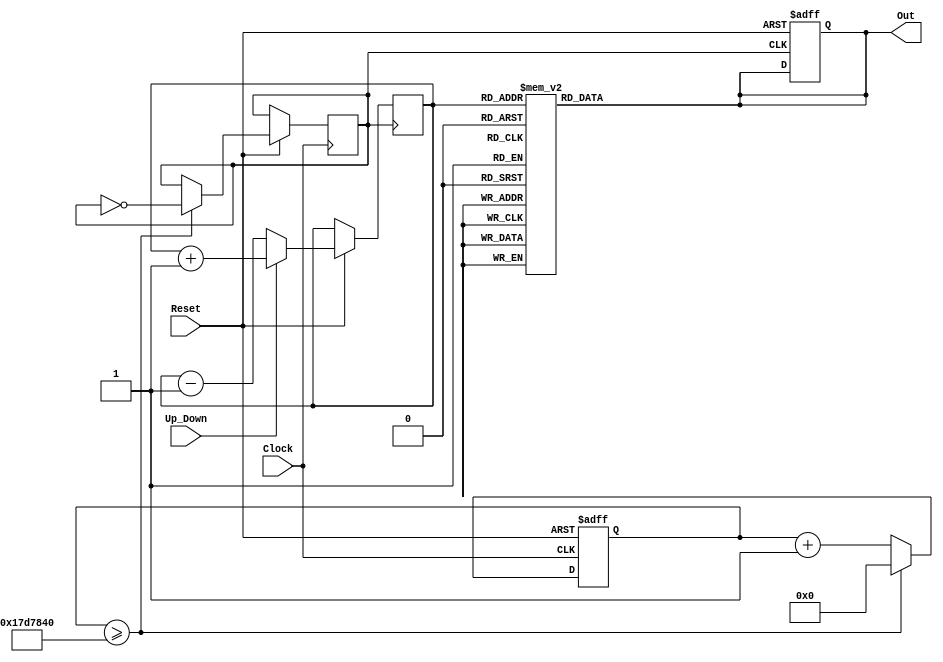
module special_counter(Clock, Reset, Up_Down, Out);

input Clock, Reset, Up_Down;
output [6:0] Out;
reg [6:0] Out;
reg [3:0] TempOut;
reg [31:0] Count;
reg Clock_Div;

// for dividing frequency
always @(posedge Clock or negedge Reset)
begin
    if(!Reset)
        Count <= 0;
    else begin
        if(Count >= 32'd25000000) begin
            Count <= 0;
            Clock_Div <= ~Clock_Div;
        end
        else begin
            Count <= Count + 1;
        end
    end
end

// for our counter
always @(posedge Clock_Div or negedge Reset)
begin
    if(!Reset)
        Out <= 7'b1000000;
    else begin
        if(Up_Down) 
            TempOut <= TempOut + 1;
        else 
            TempOut <= TempOut - 1;
    end
end

always @(TempOut)
begin
    case(TempOut)
        4'b0000: Out <= 7'b1000000;
        4'b0001: Out <= 7'b1111001;
        4'b0010: Out <= 7'b0100100;
        4'b0011: Out <= 7'b0110000;
        4'b0100: Out <= 7'b0011001;
        4'b0101: Out <= 7'b0010010;
        4'b0110: Out <= 7'b0000010;
        4'b0111: Out <= 7'b1111000;
        4'b1000: Out <= 7'b0000000;
        4'b1001: Out <= 7'b0010000;
        4'b1010: Out <= 7'b0001000;
        4'b1011: Out <= 7'b0000011;
        4'b1100: Out <= 7'b1000110;
        4'b1101: Out <= 7'b0100001;
        4'b1110: Out <= 7'b0000110;
        4'b1111: Out <= 7'b0001110;
    endcase
end

endmodule